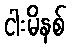
ငါးမိနစ်